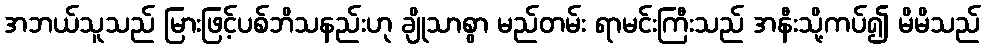
အဘယ်သူသည် မြားဖြင့်ပစ်ဘိသနည်းဟု ချိုသာစွာ မည်တမ်း ရာမင်းကြီးသည် အနီးသို့ကပ်၍ မိမိသည်